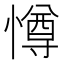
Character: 𭞵